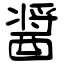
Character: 醤